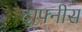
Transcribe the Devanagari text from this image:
दाफ्नीस